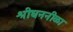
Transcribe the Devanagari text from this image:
श्रीघननीळा